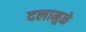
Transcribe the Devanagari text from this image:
दलामुळे